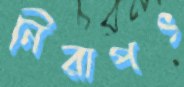
নিরাপৎ